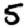
Digit: 5